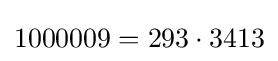
1000009=293\cdot 3413